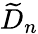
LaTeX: {\widetilde{D}}_{n}